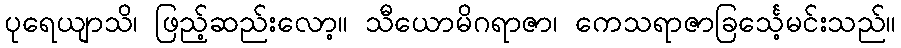
ပုရေယျာသိ၊ ဖြည့်ဆည်းလော့။ သီယောမိဂရာဇာ၊ ကေသရာဇာခြင်္သေ့မင်းသည်။